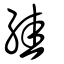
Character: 絓